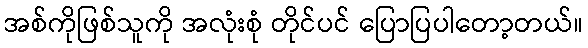
အစ်ကိုဖြစ်သူကို အလုံးစုံ တိုင်ပင် ပြောပြပါတော့တယ်။